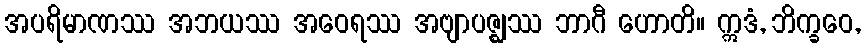
အပရိမာဏဿ အဘယဿ အဝေရဿ အဗျာပဇ္ဈဿ ဘာဂီ ဟောတိ။ ဣဒံ, ဘိက္ခဝေ,